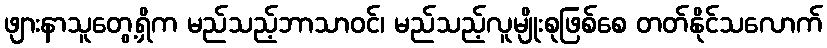
ဖျားနာသူတွေ့ရှိက မည်သည့်ဘာသာဝင်၊ မည်သည့်လူမျိုးစုဖြစ်စေ တတ်နိုင်သလောက်